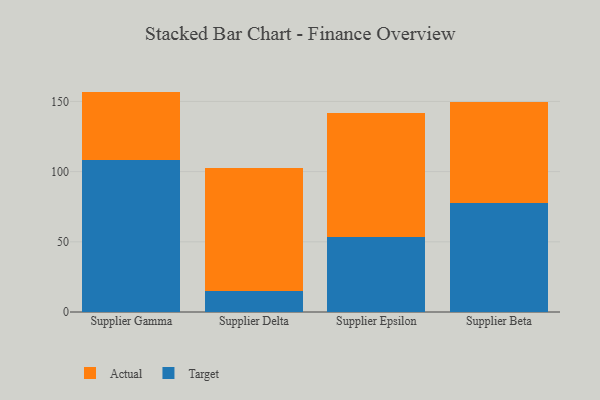
{"axis": {"x": "Supplier", "y": "Churn Rate (%)"}, "legend": ["Actual", "Target"], "data": [{"x": "Supplier Gamma", "y": 108.3, "type": "Target"}, {"x": "Supplier Gamma", "y": 48.7, "type": "Actual"}, {"x": "Supplier Delta", "y": 14.9, "type": "Target"}, {"x": "Supplier Delta", "y": 87.7, "type": "Actual"}, {"x": "Supplier Epsilon", "y": 53.5, "type": "Target"}, {"x": "Supplier Epsilon", "y": 88.5, "type": "Actual"}, {"x": "Supplier Beta", "y": 77.8, "type": "Target"}, {"x": "Supplier Beta", "y": 72.0, "type": "Actual"}]}